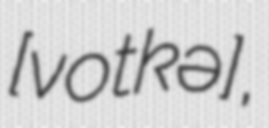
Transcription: [ˈvotkə],